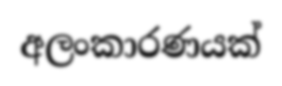
අලංකාරණයක්